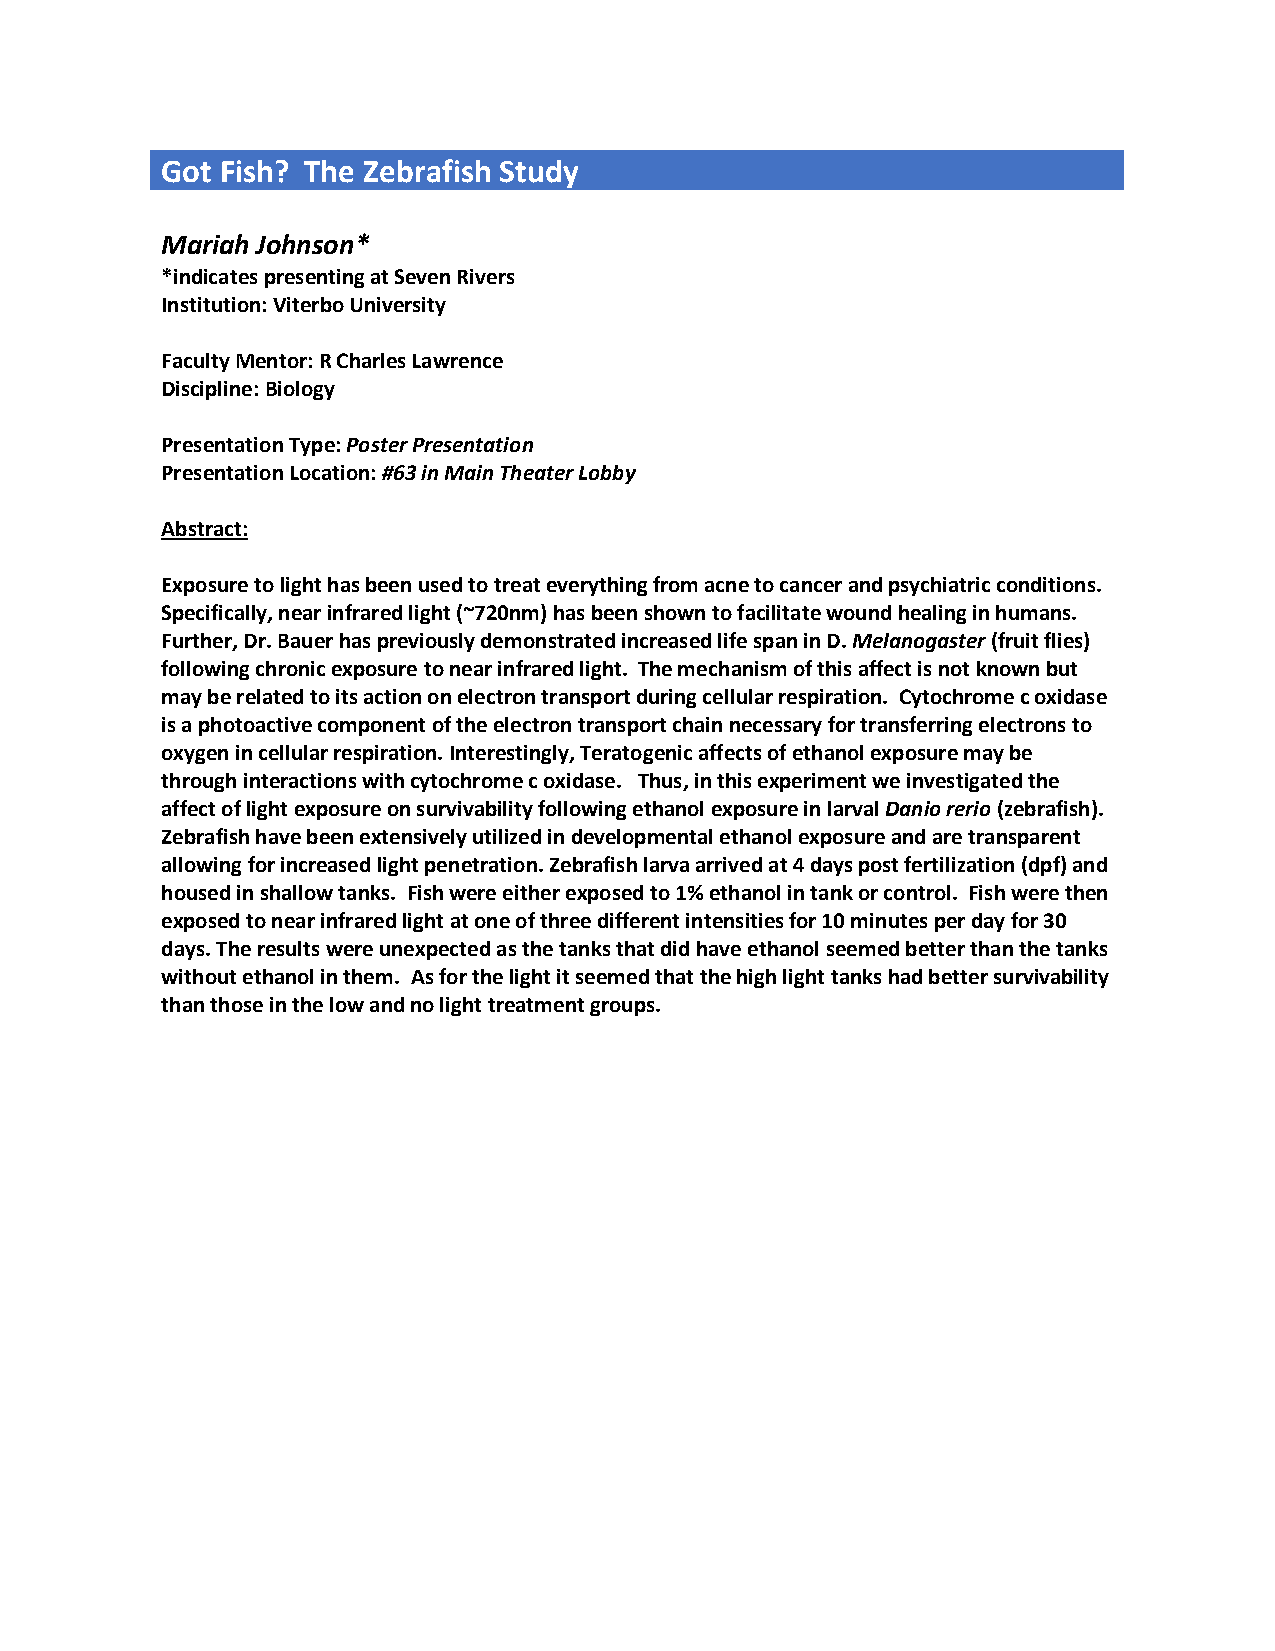
Got Fish? The Zebrafish Study
 Mariah Johnson*
 *indicates presenting at Seven Rivers
 Institution: Viterbo University
 Faculty Mentor: R Charles Lawrence
 Discipline: Biology
 Presentation Type: Poster Presentation
 Presentation Location: #63 in Main Theater Lobby
 Abstract:
 Exposure to light has been used to treat everything from acne to cancer and psychiatric conditions.
 Specifically, near infrared light (~720nm) has been shown to facilitate wound healing in humans.
 Further, Dr. Bauer has previously demonstrated increased life span in D. Melanogaster (fruit flies)
 following chronic exposure to near infrared light. The mechanism of this affect is not known but
 may be related to its action on electron transport during cellular respiration. Cytochrome c oxidase
 is a photoactive component of the electron transport chain necessary for transferring electrons to
 oxygen in cellular respiration. Interestingly, Teratogenic affects of ethanol exposure may be
 through interactions with cytochrome c oxidase. Thus, in this experiment we investigated the
 affect of light exposure on survivability following ethanol exposure in larval Danio rerio (zebrafish).
 Zebrafish have been extensively utilized in developmental ethanol exposure and are transparent
 allowing for increased light penetration. Zebrafish larva arrived at 4 days post fertilization (dpf) and
 housed in shallow tanks. Fish were either exposed to 1% ethanol in tank or control. Fish were then
 exposed to near infrared light at one of three different intensities for 10 minutes per day for 30
 days. The results were unexpected as the tanks that did have ethanol seemed better than the tanks
 without ethanol in them. As for the light it seemed that the high light tanks had better survivability
 than those in the low and no light treatment groups.